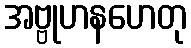
အဗ္ဗုဟနဟေတု